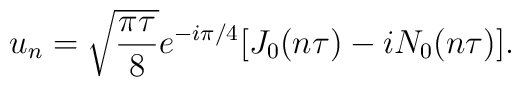
u_n = \sqrt{\frac{\pi \tau}{8}} e^{-i\pi/4} [J_0(n\tau) - iN_0(n\tau)].